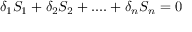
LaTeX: \delta _ { 1 } S _ { 1 } + \delta _ { 2 } S _ { 2 } + . . . . + \delta _ { n } S _ { n } = 0